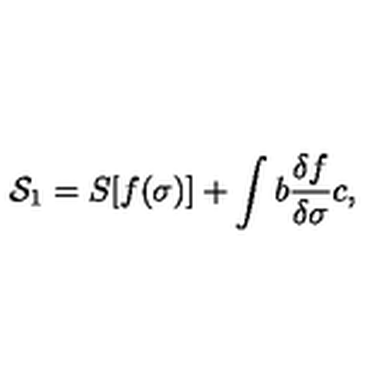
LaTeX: { \cal S } _ { 1 } = S [ f ( \sigma ) ] + \int b \frac { \delta f } { \delta \sigma } c ,